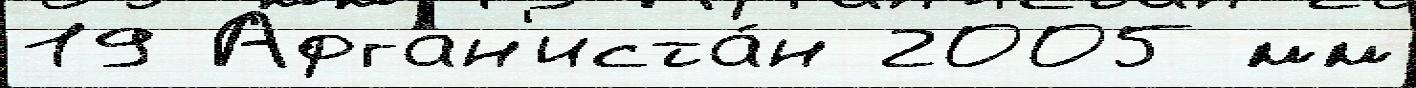
19 Афган'иста́н 2005 мм